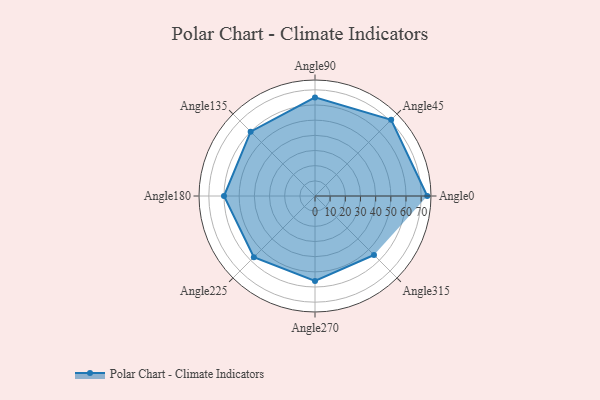
{"axis": {"x": "Angle", "y": "Radius"}, "legend": [""], "data": [{"x": "Angle0", "y": 74.0, "type": ""}, {"x": "Angle45", "y": 71.0, "type": ""}, {"x": "Angle90", "y": 65.0, "type": ""}, {"x": "Angle135", "y": 60.0, "type": ""}, {"x": "Angle180", "y": 60.0, "type": ""}, {"x": "Angle225", "y": 57.0, "type": ""}, {"x": "Angle270", "y": 56.0, "type": ""}, {"x": "Angle315", "y": 55.0, "type": ""}]}